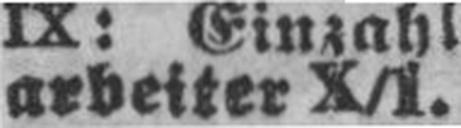
arbeiter X/1.